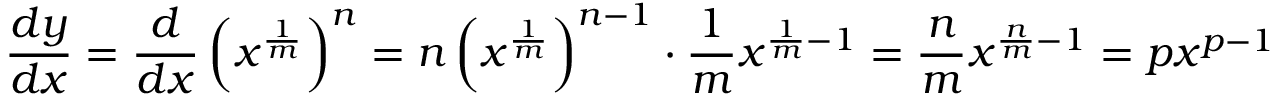
{ \frac { d y } { d x } } = { \frac { d } { d x } } \left( x ^ { \frac { 1 } { m } } \right) ^ { n } = n \left( x ^ { \frac { 1 } { m } } \right) ^ { n - 1 } \cdot { \frac { 1 } { m } } x ^ { { \frac { 1 } { m } } - 1 } = { \frac { n } { m } } x ^ { { \frac { n } { m } } - 1 } = p x ^ { p - 1 }